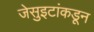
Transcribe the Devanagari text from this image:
जेसुइटांकडून